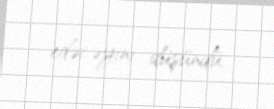
edəcəyini düşündü.